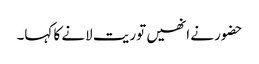
حضور نے انھیں توریت لانے کا کہا۔